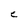
Character: e